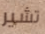
تشير